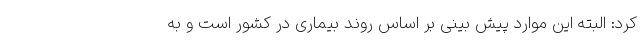
کرد: البته این موارد پیش بینی بر اساس روند بیماری در کشور است و به